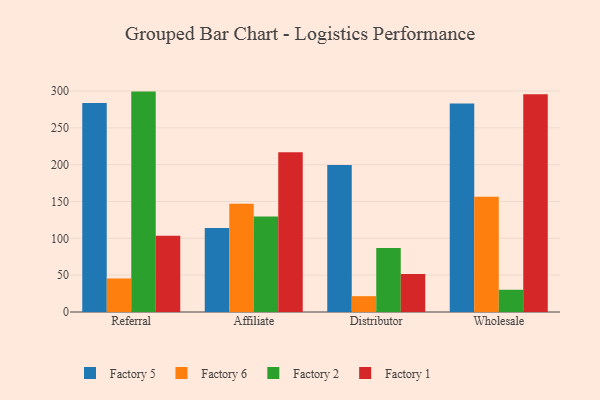
{"axis": {"x": "Channel", "y": "Active Users"}, "legend": ["Factory 1", "Factory 2", "Factory 5", "Factory 6"], "data": [{"x": "Referral", "y": 283.8, "type": "Factory 5"}, {"x": "Referral", "y": 45.5, "type": "Factory 6"}, {"x": "Referral", "y": 299.2, "type": "Factory 2"}, {"x": "Referral", "y": 103.4, "type": "Factory 1"}, {"x": "Affiliate", "y": 114.0, "type": "Factory 5"}, {"x": "Affiliate", "y": 146.8, "type": "Factory 6"}, {"x": "Affiliate", "y": 129.5, "type": "Factory 2"}, {"x": "Affiliate", "y": 216.9, "type": "Factory 1"}, {"x": "Distributor", "y": 199.4, "type": "Factory 5"}, {"x": "Distributor", "y": 21.5, "type": "Factory 6"}, {"x": "Distributor", "y": 86.9, "type": "Factory 2"}, {"x": "Distributor", "y": 51.7, "type": "Factory 1"}, {"x": "Wholesale", "y": 282.9, "type": "Factory 5"}, {"x": "Wholesale", "y": 156.3, "type": "Factory 6"}, {"x": "Wholesale", "y": 30.2, "type": "Factory 2"}, {"x": "Wholesale", "y": 295.5, "type": "Factory 1"}]}